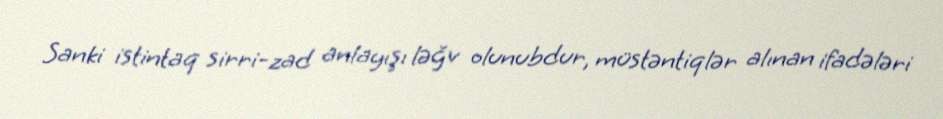
Sanki istintaq sirri-zad anlayışı ləğv olunubdur, müstəntiqlər alınan ifadələri